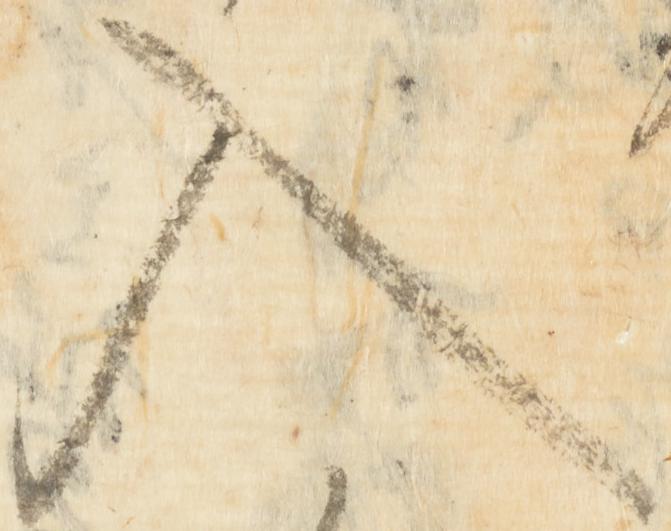
入